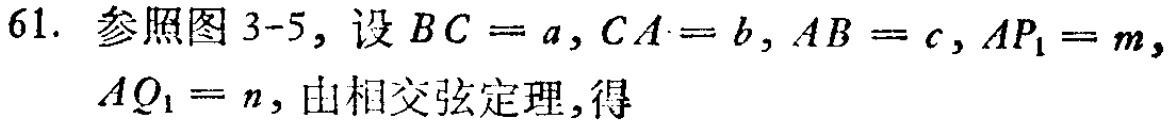
61. 参照图 3-5, 设 \(BC = a, CA = b, AB = c, AP_{1}=m,\) \(AQ_{1}=n\), 由相交弦定理, 得